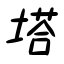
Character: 塔